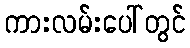
ကားလမ်းပေါ်တွင်